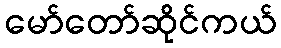
မော်တော်ဆိုင်ကယ်